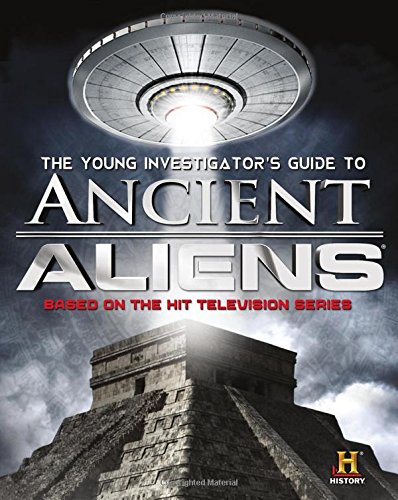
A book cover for The Young Investigator's Guide to Ancient Aliens; History Channel; Children's Books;